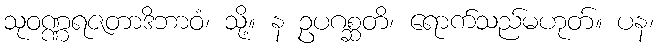
သုဝဏ္ဏရဇတာဒိဘာဝံ၊ သို့။ န ဥပဂစ္ဆတိ၊ ရောက်သည်မဟုတ်။ ပန၊